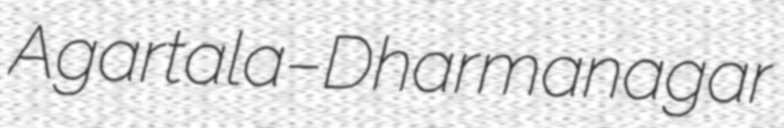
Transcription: Agartala–Dharmanagar